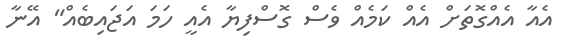
އެއާ އެއްގޮތަށް އެއް ކަމެއް ވެސް ގޮސްފިޔާ އެއީ ހަމަ އަޖައިބެއް" އޭނާ